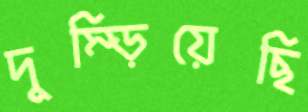
দুম্‌ড়িয়েছি